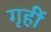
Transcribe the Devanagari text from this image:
गृहीं